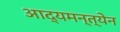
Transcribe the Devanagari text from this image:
आद्यमन्त्येन